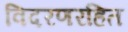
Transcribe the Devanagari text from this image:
विदरणरहित